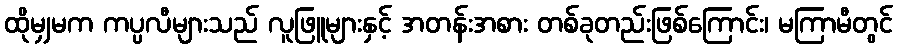
ထိုမျှမက ကပ္ပလီများသည် လူဖြူများနှင့် အတန်းအစား တစ်ခုတည်းဖြစ်ကြောင်း၊ မကြာမီတွင်